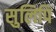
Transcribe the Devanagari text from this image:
सुलिपि